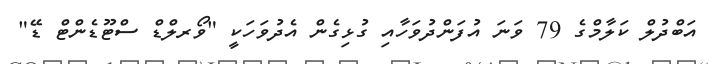
އަބްދުލް ކަލާމްގެ 79 ވަނަ އުފަންދުވަހާއި ގުޅިގެން އެދުވަހަކީ "ވޯރލްޑް ސްޓޫޑެންޓް ޑޭ"